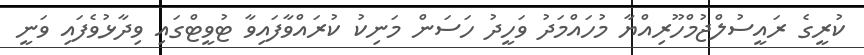
ކުރީގެ ރައީސުލްޖުމްހޫރިއްޔާ މުހައްމަދު ވަހީދު ހަސަން މަނިކު ކުރައްވާފައިވާ ޓުވީޓްގައި ވިދާޅުވެފައި ވަނީ